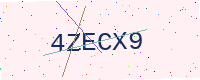
Text: 4ZECX9